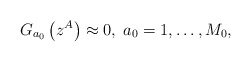
\begin{align*}G_{a_{0}}\left( z^{A}\right) \approx 0,\;a_{0}=1,\ldots ,M_{0}, \end{align*}